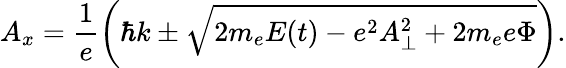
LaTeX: A_{x}=\frac{1}{e}\left(\hbar k\pm\sqrt{2m_{e}E(t)-e^{2}A_{\bot}^{2}+2m_{e}e\Phi}\right).